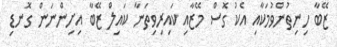
ޒޭބާ ހިނިތުންވުމަކާއި އެކު ގޮސް މޭޒާއި ކައިރިވިތަނާ ކައިލް ޒޭބާ އިށިންނަން ގޮނޑި